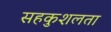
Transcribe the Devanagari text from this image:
सहकुशलता